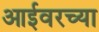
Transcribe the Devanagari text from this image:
आईवरच्या